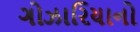
ગોઝારિયાનો